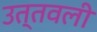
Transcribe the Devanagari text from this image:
उत्तवली